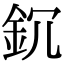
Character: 䤟